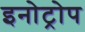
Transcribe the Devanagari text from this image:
इनोट्रोप